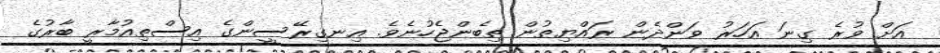
އަށް ވުރެ ގިނަ އަހަަރު ވަންދެން ރައްޔިތުން ތިބެންޖެހުނެވެ. އިނގިރޭސީންގެ އިސްތިއުމާރީ ބާރުގެ